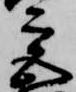
宮